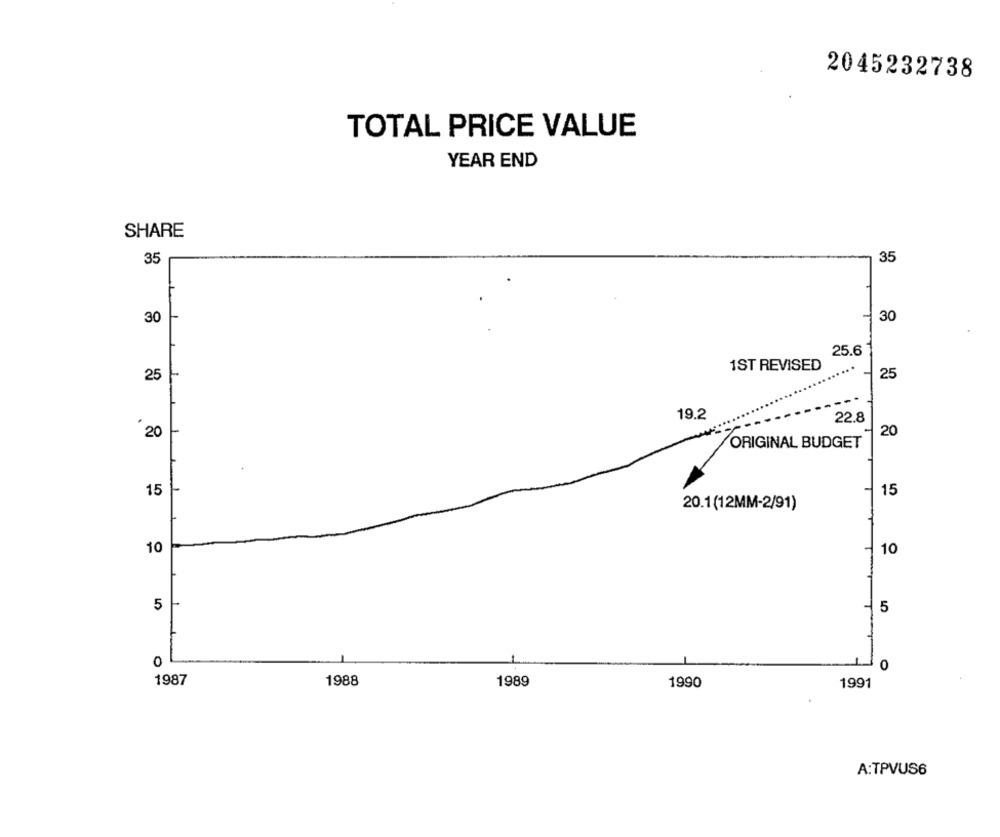
2045232738
TOTAL PRICE VALUE
YEAR END
SHARE
35
35
30
30
25.6
1ST REVISED
....
25
25
19.2
22.8
20
20
ORIGINAL BUDGET
15
15
20.1(12MM-2/91)
10
10
5
5
T
0
10
1987
1988
1989
1990
1991
A:TPVUS6